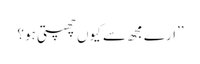
’’ارے مجھ سے کیوں چھپتی ہو؟